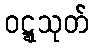
ဝဋ္ဋသုတ်